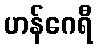
ဟန်ဂေရီ